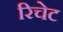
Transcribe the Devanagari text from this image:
रिचेट